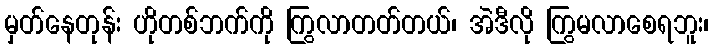
မှတ်နေတုန်း ဟိုတစ်ဘက်ကို ကြွလာတတ်တယ်၊ အဲဒီလို ကြွမလာစေရဘူး၊